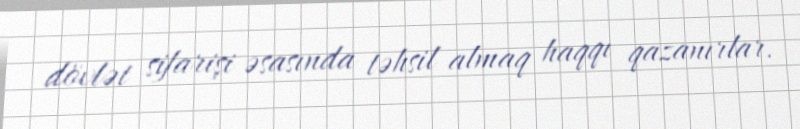
dövlət sifarişi əsasında təhsil almaq haqqı qazanırlar.